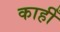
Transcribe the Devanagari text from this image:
काहीँ